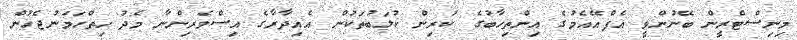
މިނިސްޓްރީން ބޭނުންވީ އެފްއޭއެމުގެ އިންތިހާބުގެ ކުރިން ކުލަބުތަކުން އެއިދާރާގެ އިސްވެރިންނާ މެދު ހިތްހަމަނުޖެހުން